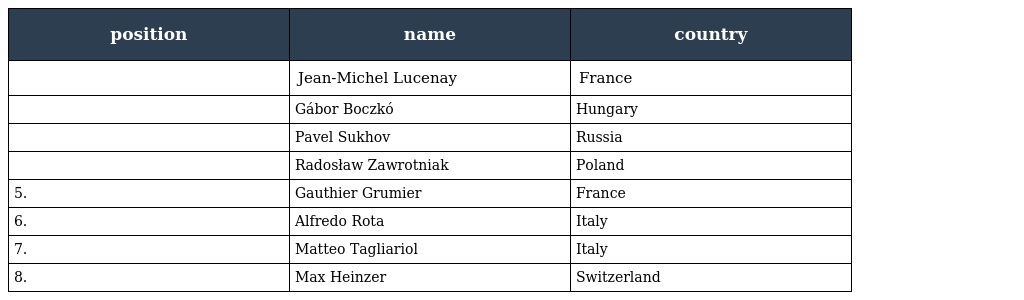
| position | name | country |
 | --- | --- | --- |
 |  | Jean-Michel Lucenay | France |
 |  | Gábor Boczkó | Hungary |
 |  | Pavel Sukhov | Russia |
 |  | Radosław Zawrotniak | Poland |
 | 5. | Gauthier Grumier | France |
 | 6. | Alfredo Rota | Italy |
 | 7. | Matteo Tagliariol | Italy |
 | 8. | Max Heinzer | Switzerland |